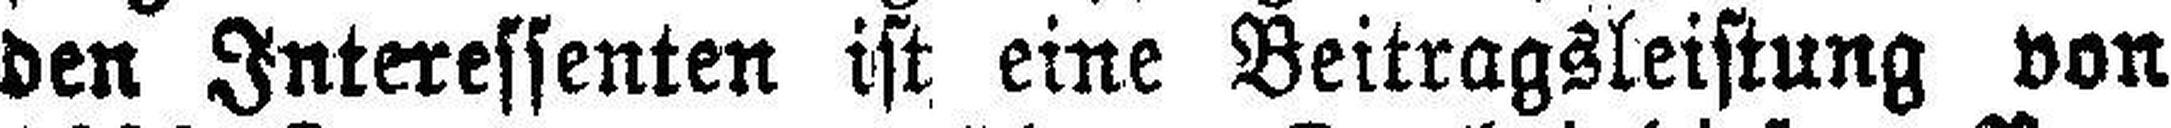
den Interessenten ist eine Beitragsleistung von